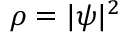
\rho = | \psi | ^ { 2 }